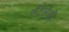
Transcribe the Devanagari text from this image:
सैंटेलेसी